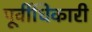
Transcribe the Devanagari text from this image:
पूर्वीधिकारी